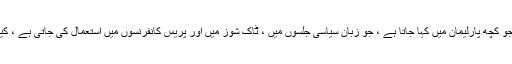
لیکن آپ ذرا اپنی سیاسی قیادت کی گفتگو دیکھیے، جو کچھ پارلیمان میں کہا جاتا ہے ، جو زبان سیاسی جلسوں میں ، ٹاک شوز میں اور پریس کانفرنسوں میں استعمال کی جاتی ہے ، کیا اس کا شائستگی اور اخلاقیات سے کوئی تعلق ہے؟